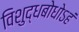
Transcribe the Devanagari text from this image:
विशुद्धबोधोऽहं